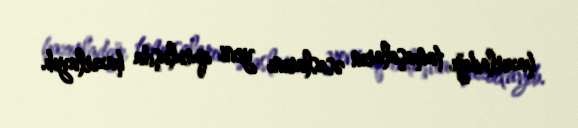
hazırladığı tamaşaların əsaslarını yeni quruluşda hazırlayıb.